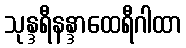
သုန္ဒရီနန္ဒာထေရီဂါထာ